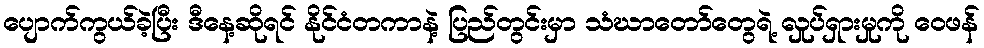
ပျောက်ကွယ်ခဲ့ပြီး ဒီနေ့ဆိုရင် နိုင်ငံတကာနဲ့ ပြည်တွင်းမှာ သံဃာတော်တွေရဲ့ လှုပ်ရှားမှုကို ဝေဖန်